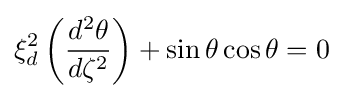
\xi _{d}^{2}\left({\frac {d^{2}\theta }{d\zeta ^{2}}}\right)+\sin {\theta }\cos {\theta }=0